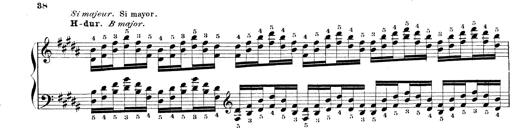
Title: Technische Studien
Composer: Franz Liszt